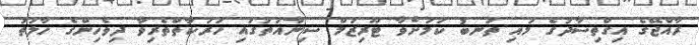
ރާއްޖޭގެ އިގްތިސާދުގެ މައި ތަނބު ކަމަށްވާ ޓޫރިޒަމް ސިނާއަތުގައި ހަރަކާތްތެރިވާ ދިވެހިންގެ ހާލަތު